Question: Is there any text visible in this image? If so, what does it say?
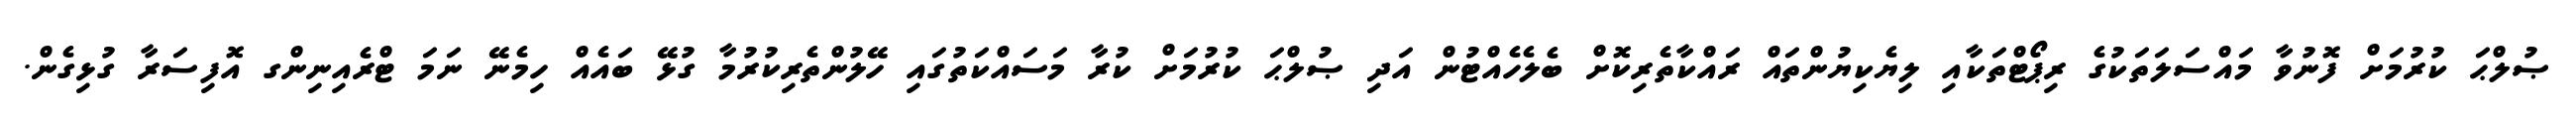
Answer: ޞުލްޙަ ކުރުމަށް ފޮނުވާ މައްސަލަތަކުގެ ރިޕޯޓްތަކާއި ލިޔެކިޔުންތައް ރައްކާތެރިކޮށް ބެލެހެއްޓުން އަދި ޞުލްޙަ ކުރުމަށް ކުރާ މަސައްކަތުގައި ހޭލުންތެރިކުރުމާ ގުޅޭ ބައެއް ހިމެނޭ ނަމަ ޓްރެއިނިންގ އޮފިސަރާ ގުޅިގެން.